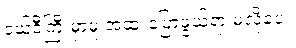
ဒယ်ဒီကြီးမှာမူ အထူးပြောဖွယ်ရာ မလိုပေ။